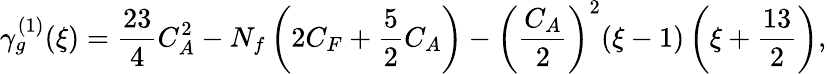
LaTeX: \gamma_{g}^{(1)}(\xi)=\frac{23}{4}C_{A}^{2}-N_{f}\left(2C_{F}+\frac{5}{2}C_{A}\right)-\left(\frac{C_{A}}{2}\right)^{2}(\xi-1)\left(\xi+\frac{13}{2}\right),